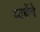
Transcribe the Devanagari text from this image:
व्यथेंचे